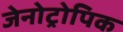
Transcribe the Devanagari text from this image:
जेनोट्रोपिक